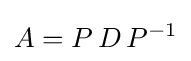
A=P\,D\,P^{-1}